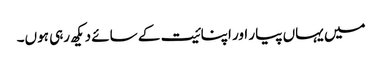
میں یہاں پیار اور اپنائیت کے سائے دیکھ رہی ہوں۔